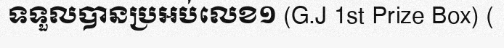
ទទួលបានប្រអប់លេខ១ (G.J 1st Prize Box) (